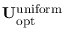
\mathbf { U } _ { \mathrm { o p t } } ^ { \mathrm { u n i f o r m } }